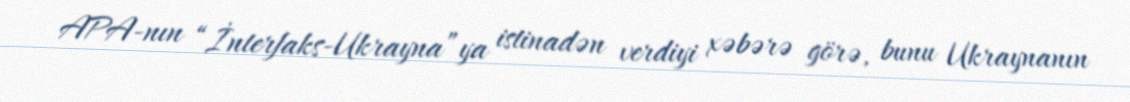
APA-nın “İnterfaks-Ukrayna”ya istinadən verdiyi xəbərə görə, bunu Ukraynanın